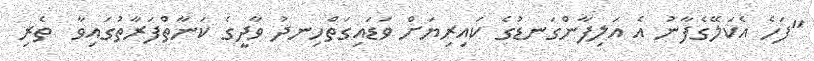
"ފަހެ އެކަލޭގެފާނު އެ އަލިފާންގަނޑުގެ ކައިރިޔަށް ވަޑައިގަތްހިނދު ވާދީގެ ކަނާތްފަރާތުގައިވާ  ތެރި